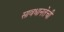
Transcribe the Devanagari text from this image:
सावधानतेची